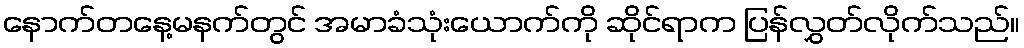
နောက်တနေ့မနက်တွင် အမာခံသုံးယောက်ကို ဆိုင်ရာက ပြန်လွှတ်လိုက်သည်။